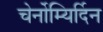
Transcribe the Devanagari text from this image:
चेर्नोम्यिर्दिन